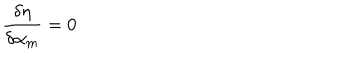
LaTeX: \frac { \delta \eta } { \delta \alpha _ { m } } = 0